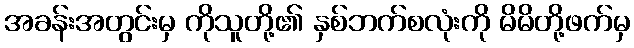
အခန်းအတွင်းမှ ကိုသူတို့၏ နှစ်ဘက်စလုံးကို မိမိတို့ဖက်မှ